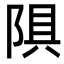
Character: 𫕄